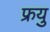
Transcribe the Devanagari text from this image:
फ्रयु